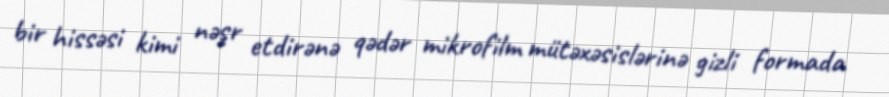
bir hissəsi kimi nəşr etdirənə qədər mikrofilm mütəxəsislərinə gizli formada